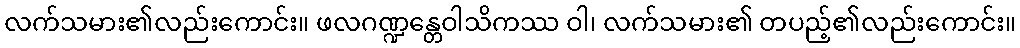
လက်သမား၏လည်းကောင်း။ ဖလဂဏ္ဍန္တေဝါသိကဿ ဝါ၊ လက်သမား၏ တပည့်၏လည်းကောင်း။